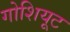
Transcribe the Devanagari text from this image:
गोशियूट